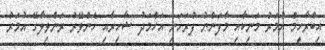
އިބްރާހީމް އުމަރު މަނިކާއި މާފަންނު ފުރަހަނި އަހްމަދު ޝާހިރާއި ހެންވޭރު ރަންވިލާގޭ އުމަރު